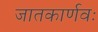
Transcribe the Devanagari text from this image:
जातकार्णवः